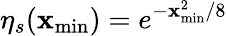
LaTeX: \eta_{s}(\mathbf{x}_{\mathrm{{min}}})=e^{-\mathbf{x}_{\mathrm{{min}}}^{2}/8}